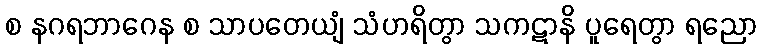
စ နဂရဘာဂေန စ သာပတေယျံ သံဟရိတွာ သကဋာနိ ပူရေတွာ ရညော